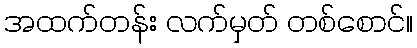
အထက်တန်း လက်မှတ် တစ်စောင်။